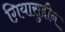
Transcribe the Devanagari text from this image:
ग़ियासुद्दीन